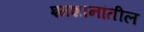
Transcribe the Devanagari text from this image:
श्मशानांतील